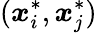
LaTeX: (\boldsymbol{\mathit{x}}_{i}^{*},\boldsymbol{\mathit{x}}_{j}^{*})